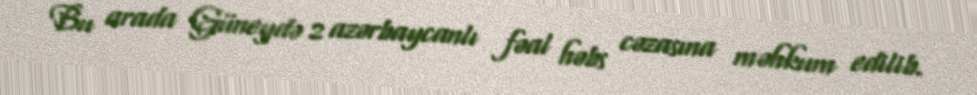
Bu arada Güneydə 2 azərbaycanlı fəal həbs cəzasına məhkum edilib.